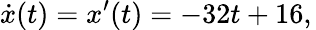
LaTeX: {\dot{x}}(t)=x^{\prime}(t)=-32t+16,\,